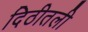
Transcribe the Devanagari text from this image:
दिठीतली